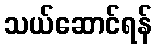
သယ်ဆောင်ရန်